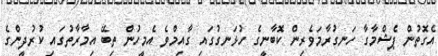
އެގޮތުން ޕެޝްމާގާ ހަނގުރާމަވެރިން ކޮބާނީގެ ހުޅަނގުގައި ގާއިމްވެ އެމީހުން ތިބޭ އިމާރާތުގައި ކުރުދީންގެ